NAE_EAOK_eestikeelsed_sunnimeetrikad, lk 98
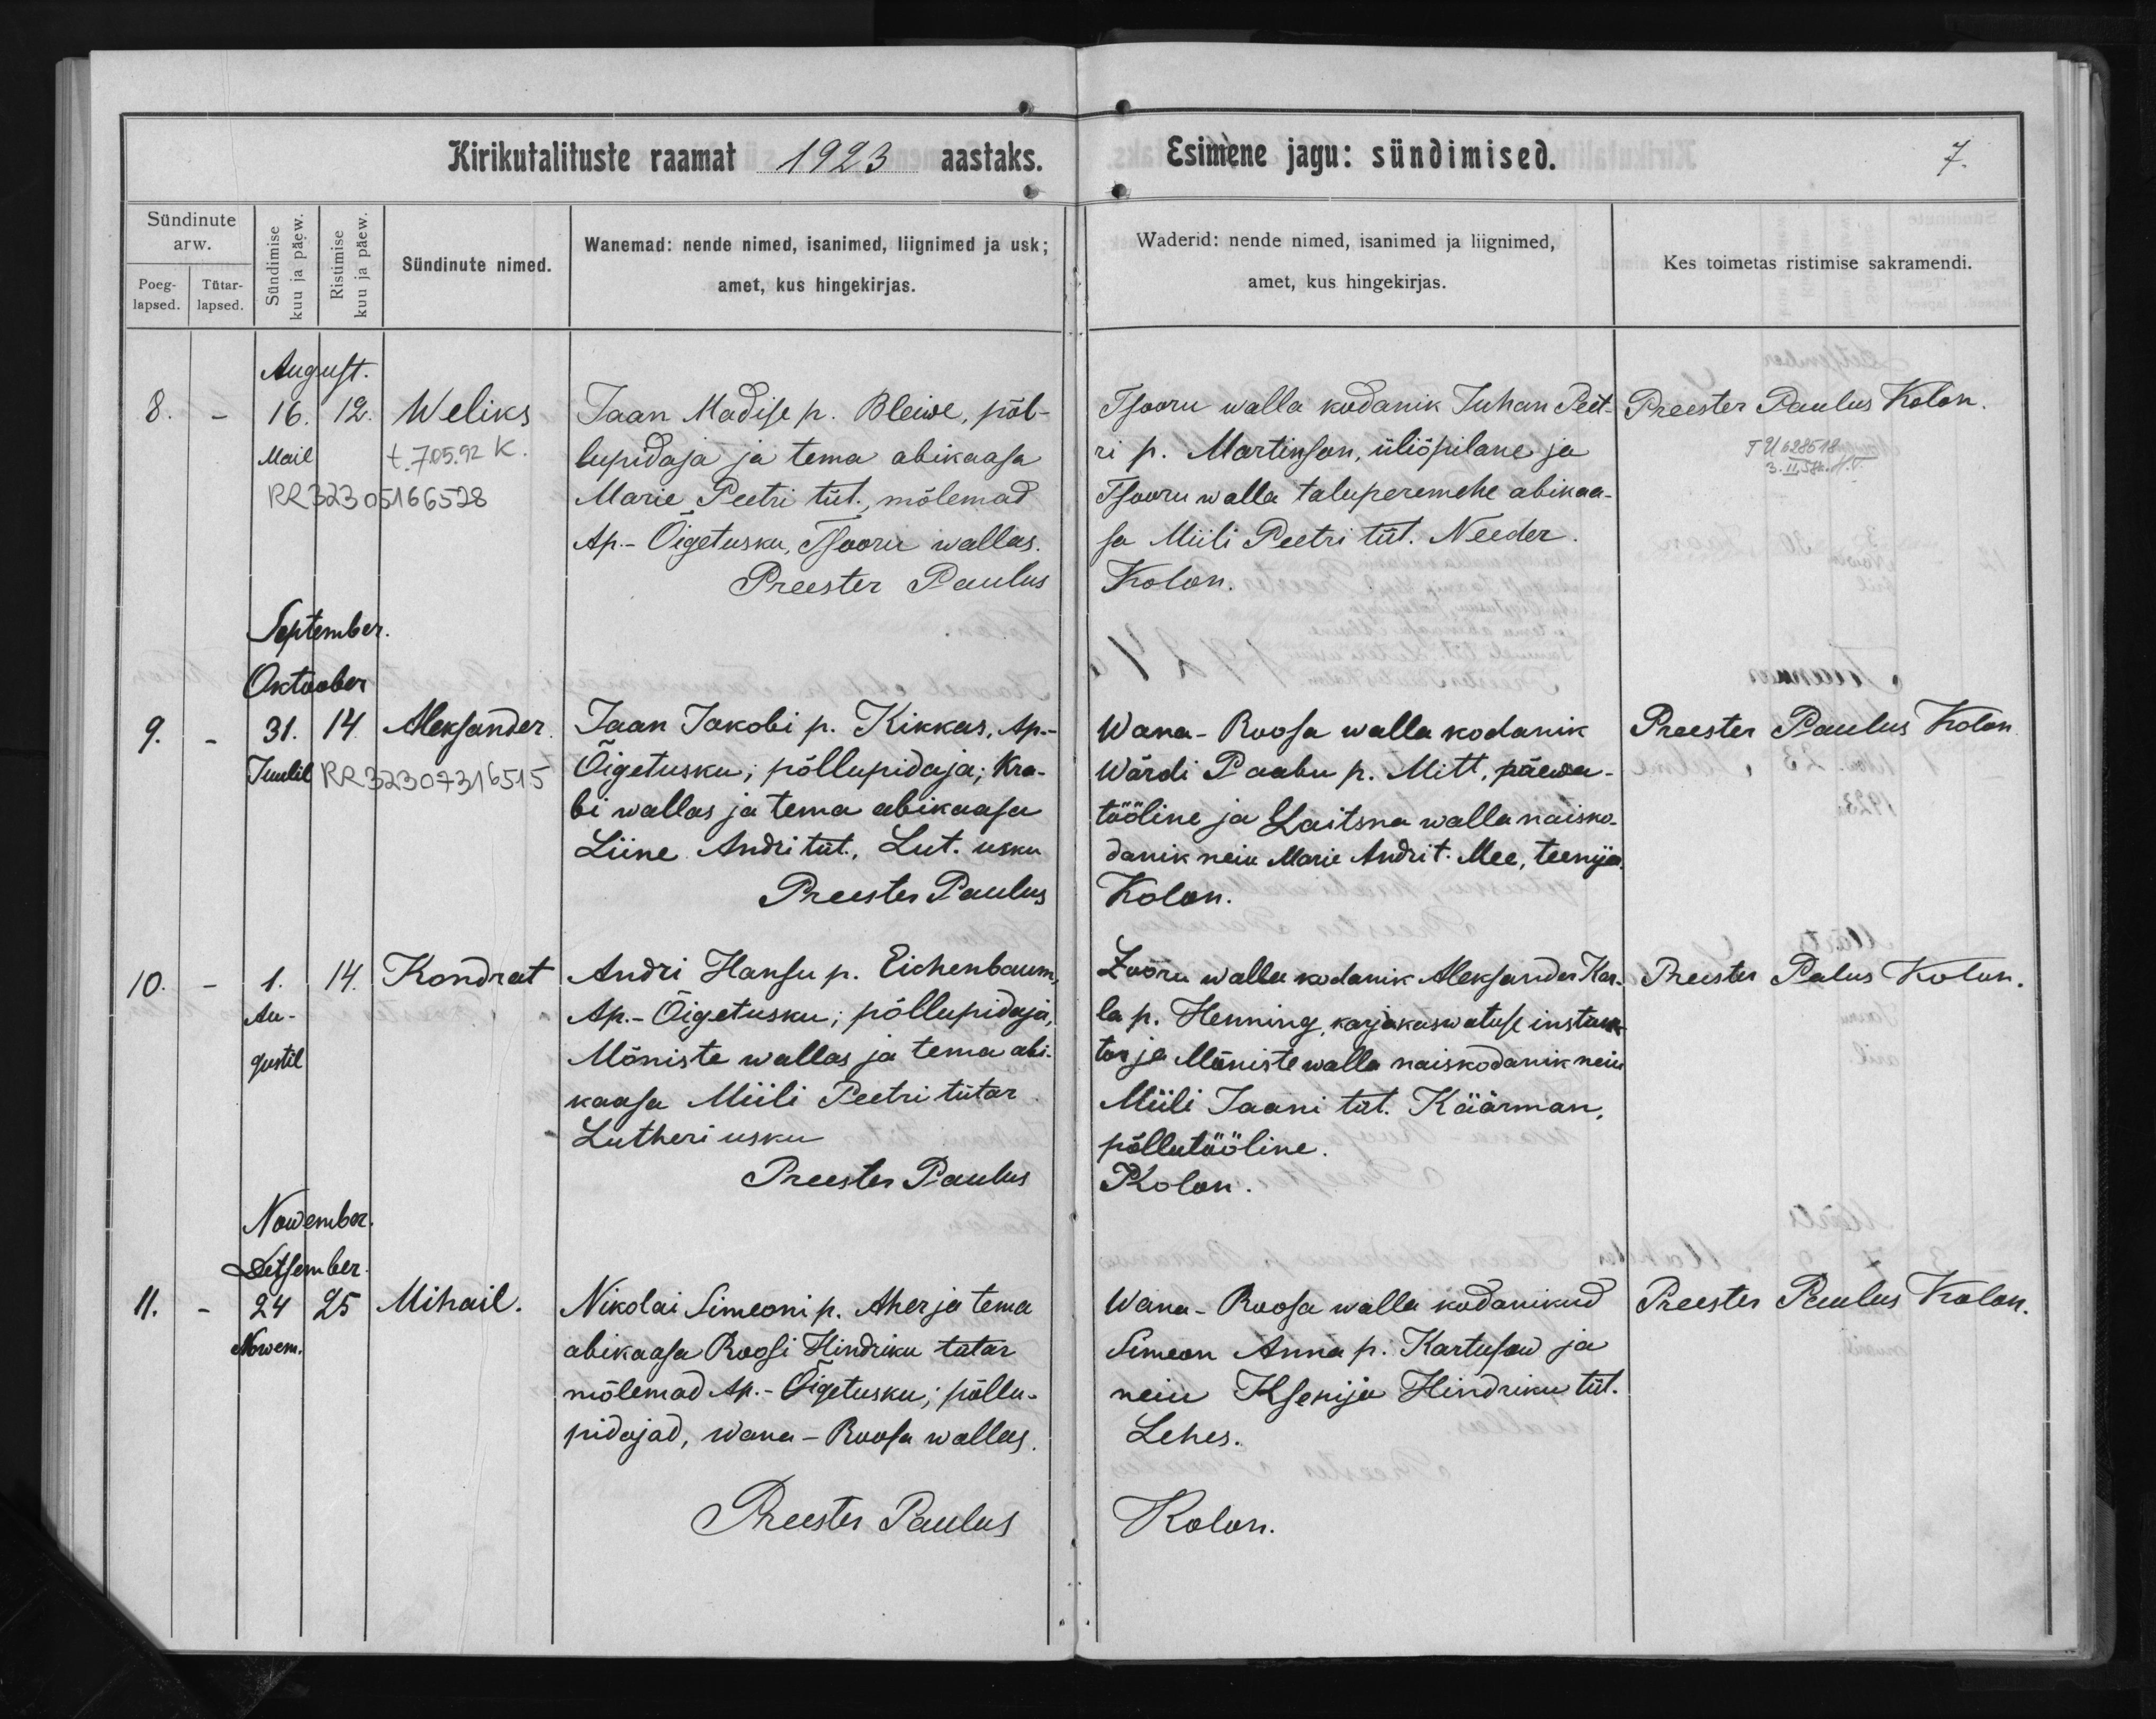
Weliks

Aleksander

Kondrat

Mihail

Jaan Madise p. Bleiwe, põl-
lupidaja ja tema abikaasa
Marie Peetri tüt. mõlemad
Ap.-Õigetusku, Tsooru vallas.

Jaan Jakobi p. Kikkas, Ap.-
Õigetusku, põllupidaja, Kra-
bi wallas ja tema abikaasa
Liine Andri tüt, Lut. usku

Andri Hansu p. Eichenbaum,
Ap.-Õigetusku; põllupidaja,
Mõniste wallas ja tema abi-
kaasa Miili Peetri tütar
Lutheri usku

Nikolai Simeoni p. Aher ja tema
abikaasa Roosi Hindriku tütar
mõlemad Ap.Õigetusku; põllu-
pidajad, Wana-Roosa wallas.